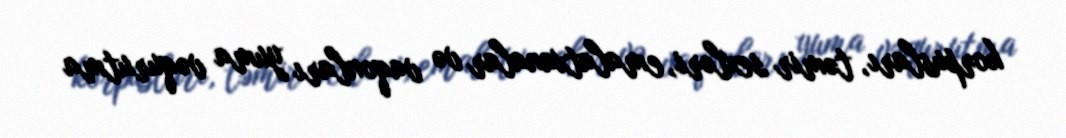
korpusları, təmir sexləri, emalatxanalar və vaqonları yuma vəqurutma